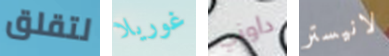
لتقلق غوريلا داوني لانيستر